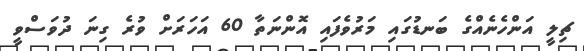
ޗިލީ އަންހެނެއްގެ ބަނޑުގައި މަރުވެފައި އޮންނަތާ 60 އަހަރަށް ވުރެ ގިނަ ދުވަސްވީ